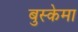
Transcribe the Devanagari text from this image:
बुस्केमा